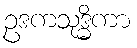
ဥဒကသုဒ္ဓိကာ